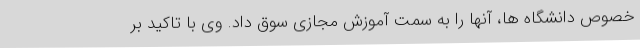
خصوص دانشگاه ها، آنها را به سمت آموزش مجازی سوق داد. وی با تاکید بر